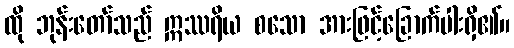
ထို ဘုန်းတော်သည် ဣဿရိယ စသော အားဖြင့်ခြောက်ပါးရှိ၏။